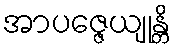
အာပဇ္ဇေယျုန္တိ